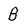
Character: B